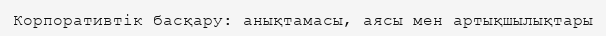
Корпоративтік басқару: анықтамасы, аясы мен артықшылықтары